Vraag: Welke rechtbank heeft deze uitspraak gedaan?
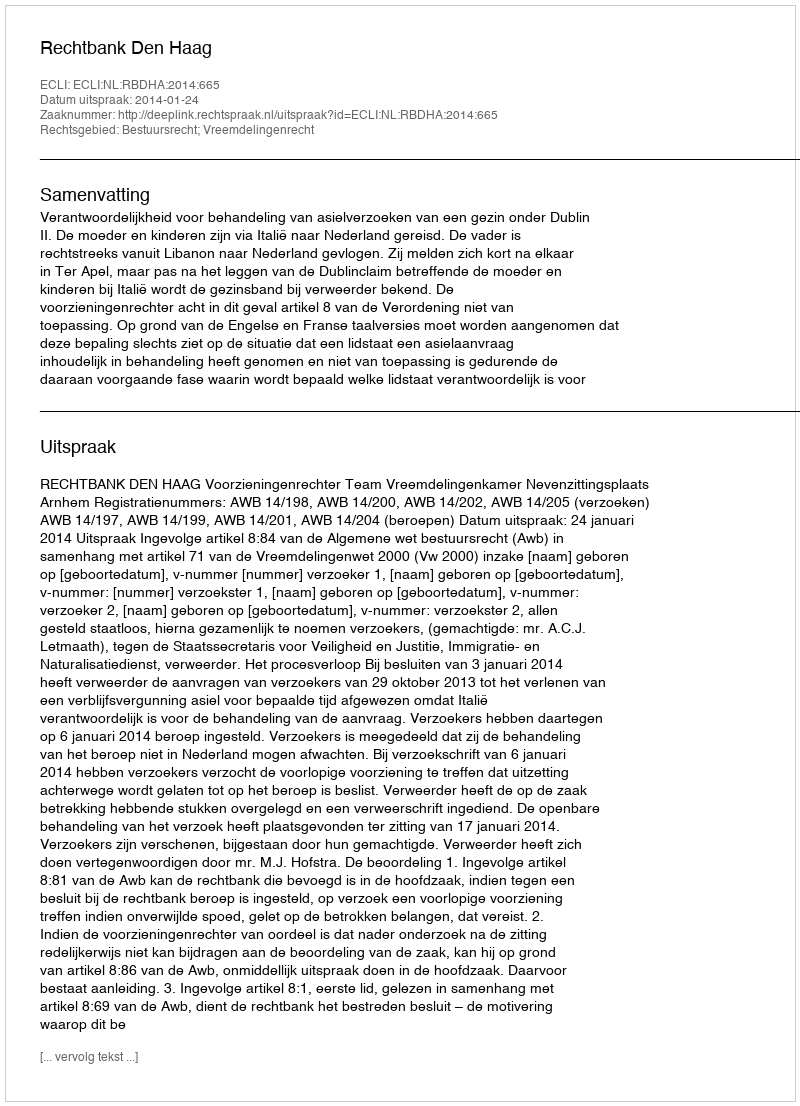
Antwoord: Rechtbank Den Haag